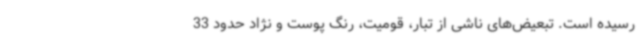
رسیده است. تبعیض‌های ناشی از تبار، قومیت، رنگ پوست و نژاد حدود 33